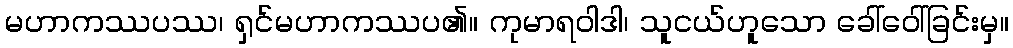
မဟာကဿပဿ၊ ရှင်မဟာကဿပ၏။ ကုမာရဝါဒါ၊ သူငယ်ဟူသော ခေါ်ဝေါ်ခြင်းမှ။